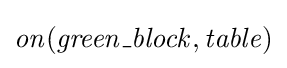
{\mathit {on(green\_block,table)}}